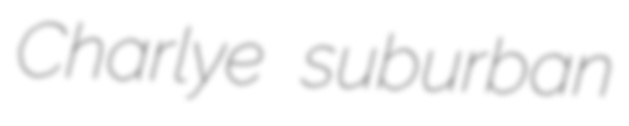
Charlye suburban